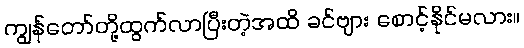
ကျွန်တော်တို့ထွက်လာပြီးတဲ့အထိ ခင်ဗျား စောင့်နိုင်မလား။